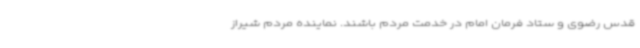
قدس رضوی و ستاد فرمان امام در خدمت مردم باشند. نماینده مردم شیراز